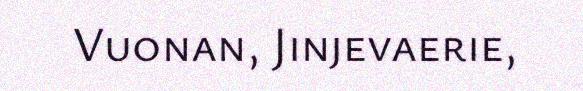
Vuonan, Jinjevaerie,